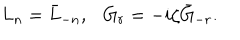
L _ { n } = \bar { L } _ { - n } , G _ { r } = - i \zeta \bar { G } _ { - r } .